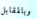
وبالمقابل